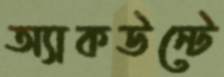
অ্যাকউন্টে